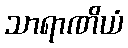
သာရာဏိယံ